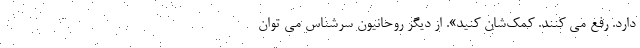
دارد. رفع می کنند. کمک‌شان کنید». از دیگر روحانیون سرشناس می توان